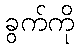
ခွက်ကို